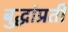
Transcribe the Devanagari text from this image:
बुद्धांप्रती